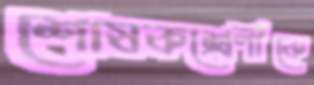
শোষকশ্রেণীকে